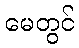
မေတွင်